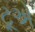
ટૂએ